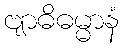
ဗျာဓိဓမ္မာနံ